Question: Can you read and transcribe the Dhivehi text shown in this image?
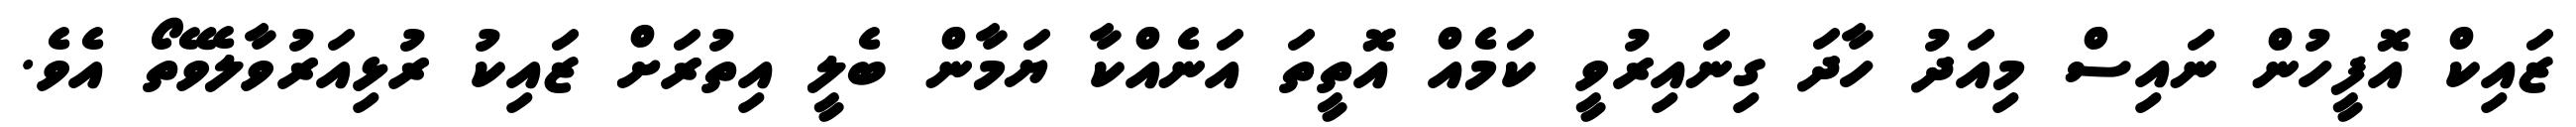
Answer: ޒައިކް އޮފީހުން ނައިސް މިއަދު ހާދަ ގިނައިރުވީ ކަމެއް އޮތީތަ އަނެއްކާ ޔަމާން ބެލީ އިތުރަށް ޒައިކު ރުޅިއަރުވާލެވޭތޯ އެވެ.